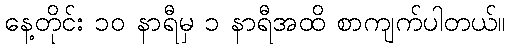
နေ့တိုင်း ၁၀ နာရီမှ ၁ နာရီအထိ စာကျက်ပါတယ်။